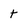
Character: t